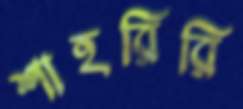
শাহরিরি